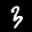
Label: 3